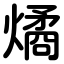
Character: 燏